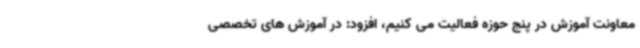
معاونت آموزش در پنج حوزه فعالیت می کنیم، افزود: در آموزش های تخصصی